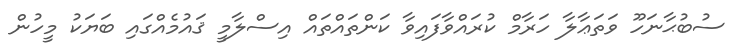
ސުބުޙާނަހޫ ވަތަޢާލާ ހަރާމް ކުރައްވާފައިވާ ކަންތައްތައް އިސްލާމީ ޤައުމެއްގައި ބަޔަކު މީހުން